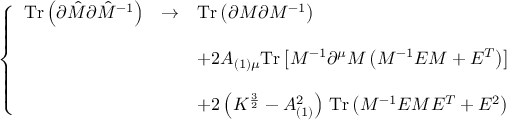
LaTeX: \left\{ \begin{array} { r c l } { { \mathrm { T r } \left( \partial \hat { \cal M } \partial \hat { \cal M } ^ { - 1 } \right) } } & { { \rightarrow } } & { { \mathrm { T r } \left( \partial { \cal M } \partial { \cal M } ^ { - 1 } \right) } } \\ { { } } & { { } } & { { } } \\ { { } } & { { } } & { { + 2 A _ { ( 1 ) \mu } \mathrm { T r } \left[ { \cal M } ^ { - 1 } \partial ^ { \mu } { \cal M } \left( { \cal M } ^ { - 1 } { \cal E } { \cal M } + { \cal E } ^ { T } \right) \right] } } \\ { { } } & { { } } & { { } } \\ { { } } & { { } } & { { + 2 \left( K ^ { \frac { 3 } { 2 } } - A _ { ( 1 ) } ^ { 2 } \right) \, \mathrm { T r } \left( { \cal M } ^ { - 1 } { \cal E } { \cal M } { \cal E } ^ { T } + { \cal E } ^ { 2 } \right) } } \end{array} \right.